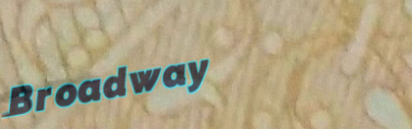
Broadway